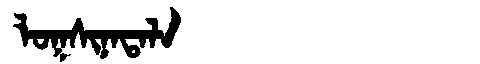
Manchu: ᠯᠣᡴᠰᡳᠨᠠᡨᠠᠯᠠ
Romanization: LOKSINATALA